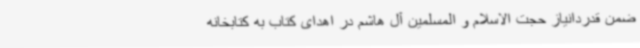
ضمن قدردانیاز حجت الاسلام و المسلمین آل هاشم در اهدای کتاب به کتابخانه